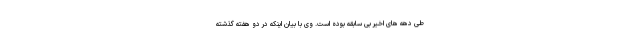
طی دهه های اخیر بی سابقه بوده است. وی با بیان اینکه در دو هفته گذشته